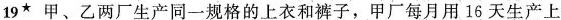
19^{★} 甲、乙两厂生产同一规格的上衣和裤子，甲厂每月用16天生产上